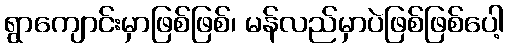
ရွာကျောင်းမှာဖြစ်ဖြစ်၊ မန်လည်မှာပဲဖြစ်ဖြစ်ပေါ့